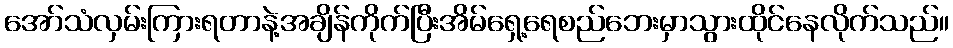
အော်သံလှမ်းကြားရတာနဲ့အချိန်ကိုက်ပြီးအိမ်ရှေ့ရေစည်ဘေးမှာသွားထိုင်နေလိုက်သည်။